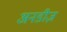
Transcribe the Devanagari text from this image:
अनडीज़